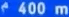
400 m